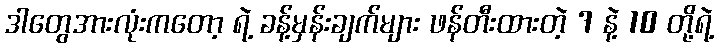
ဒါတွေအားလုံးကတော့ ရဲ့ ခန့်မှန်းချက်များ ဖန်တီးထားတဲ့ 7 နဲ့ 10 တို့ရဲ့